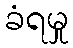
ခံရမှု